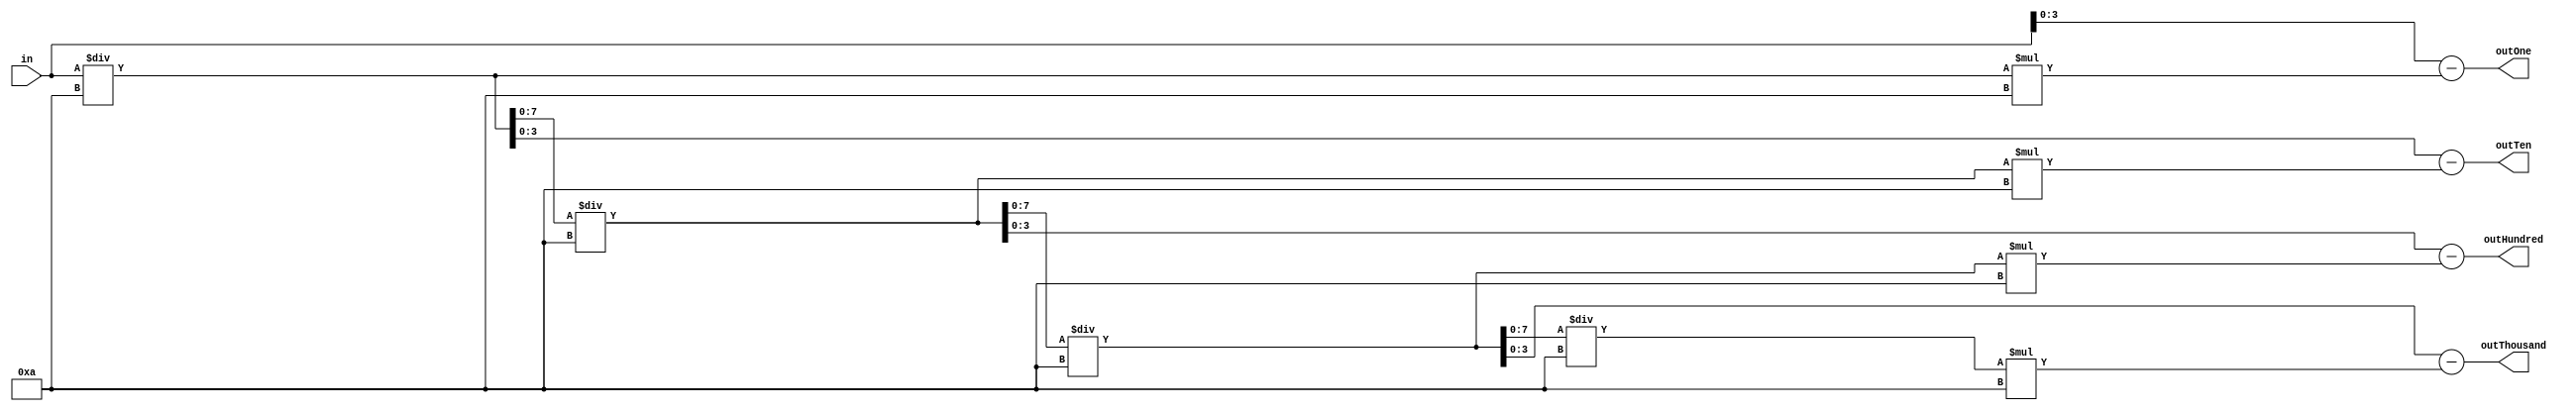
module displayEncoder(in,outTen,outOne,outHundred,outThousand);
parameter L=7;
input [L:0] in;
output reg [3:0]outThousand;
output reg [3:0]outHundred;
output reg [3:0]outTen;
output reg [3:0]outOne;

reg [L:0]store;
reg [L:0] tempStore;

always@(*)
begin
		store=in;
		tempStore=((store/10)*10);
		tempStore=store-tempStore;//ones
		outOne=tempStore;
		
		store=store/10;
		
		tempStore=((store/10)*10);
		tempStore=store-tempStore;//tens
		outTen=tempStore;
		
		store=store/10;
		
		tempStore=((store/10)*10);
		tempStore=store-tempStore;//hundreds
		outHundred=tempStore;
//		
		store=store/10;
		
		tempStore=((store/10)*10);
		tempStore=store-tempStore;//thousands
		outThousand=tempStore;
		
end
endmodule